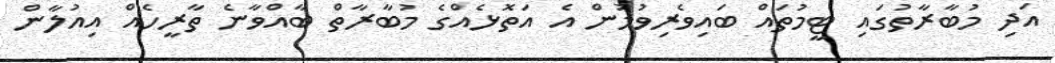
އަދި މުބާރާތުގައި ޓީމުތައް ބައިވެރިވުމުން އެ އަތޮޅެއްގެ މުބާރާތް ބާއްވާނެ ތާރީހެއް އިއުލާން